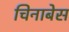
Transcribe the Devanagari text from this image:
चिनाबेस